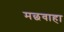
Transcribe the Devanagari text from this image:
मछवाहा